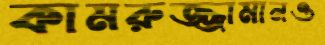
কামরুজ্জামানও